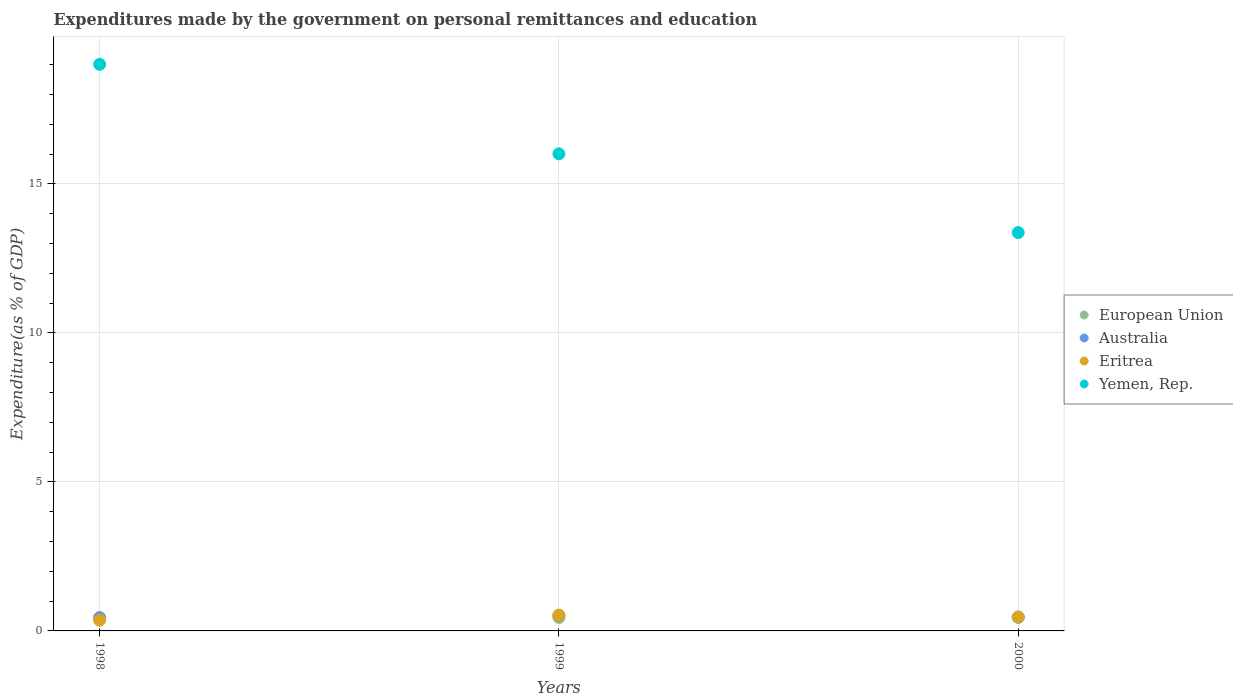
| Years | European Union | Australia | Eritrea | Yemen, Rep. |
 | --- | --- | --- | --- | --- |
 | 1998 | 0.438 | 0.446 | 0.361 | 19 |
 | 1999 | 0.452 | 0.522 | 0.527 | 16 |
 | 2000 | 0.465 | 0.459 | 0.465 | 13.4 |